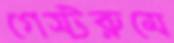
গেস্টরুমে